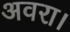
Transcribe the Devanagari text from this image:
अवरा।